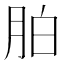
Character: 胉